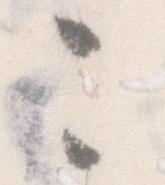
こ